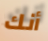
أنك